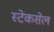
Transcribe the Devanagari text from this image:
स्टेकसेल